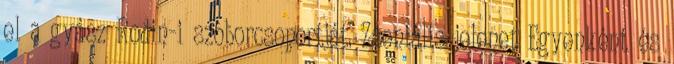
el a gyász Rodin-i szoborcsoportját. Zseniális jelenet Egyenként és